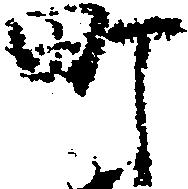
町